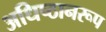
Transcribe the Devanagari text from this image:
अधिष्ठानरूप